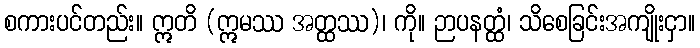
စကားပင်တည်း။ ဣတိ (ဣမဿ အတ္ထဿ)၊ ကို။ ဉာပနတ္ထံ၊ သိစေခြင်းအကျိုးငှာ။